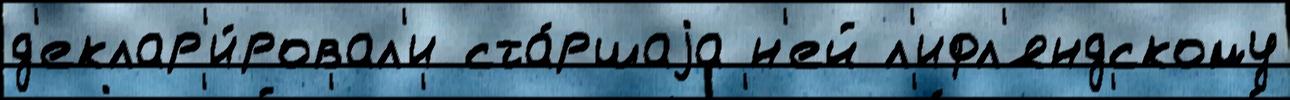
д'еклар'и́ровал'и ста́ршаjа н'ей л'ифл'яндскому